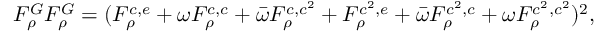
F _ { \rho } ^ { G } F _ { \rho } ^ { G } = ( F _ { \rho } ^ { c , e } + \omega F _ { \rho } ^ { c , c } + \bar { \omega } F _ { \rho } ^ { c , c ^ { 2 } } + F _ { \rho } ^ { c ^ { 2 } , e } + \bar { \omega } F _ { \rho } ^ { c ^ { 2 } , c } + \omega F _ { \rho } ^ { c ^ { 2 } , c ^ { 2 } } ) ^ { 2 } ,